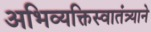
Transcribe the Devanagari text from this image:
अभिव्यक्तिस्वातंत्र्याने